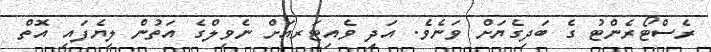
ރެސްޓޯރެންޓު ގެ ބަދިގެޔަށް ވަނެވެ. އަދި ވެއިޓަރއަށް ނެވިލްގެ އަތުން ލިޔެފައި އޮތް